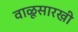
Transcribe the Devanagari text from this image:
वाळूसारखी